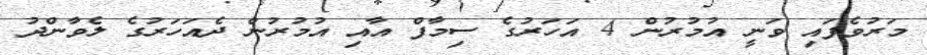
މަރުވެފައި ވަނީ އުމުރުން 4 އަހަރުގެ ސިމާފް އާއި އުމުރުން ދެއަހަރުގެ ލެވާންދު